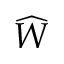
\widehat { W }